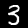
Label: 3